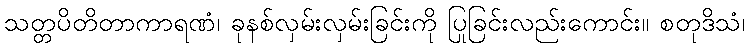
သတ္တပိတိတာကာရဏံ၊ ခုနစ်လှမ်းလှမ်းခြင်းကို ပြုခြင်းလည်းကောင်း။ စတုဒိသံ၊